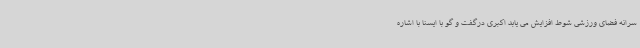
سرانه فضای ورزشی شوط افزایش می یابد اکبری درگفت و گو با ایسنا با اشاره